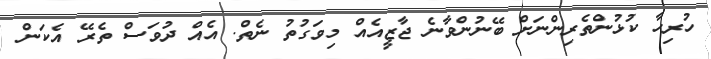
ހުރިހާ ކުޅުންތެރިންނަށް ބޭނުންވާނެ ޖާޒީއެއް މިވަގުތު ނެތް. އެއް ދުވަސް ތެރޭ އެކަން